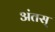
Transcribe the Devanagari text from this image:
अंतस्‌